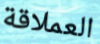
العملاقة